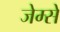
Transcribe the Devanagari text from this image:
जेम्से